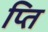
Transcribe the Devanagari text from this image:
प्ति